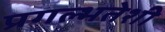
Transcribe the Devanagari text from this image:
प्रगल्भतेशी